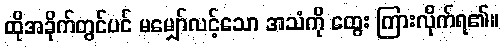
ထိုအခိုက်တွင်ပင် မမျှော်လင့်သော အသံကို ထွေး ကြားလိုက်ရ၏။